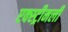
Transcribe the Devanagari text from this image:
एक्स्ट्रीमली